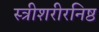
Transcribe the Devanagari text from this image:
स्त्रीशरीरनिष्ठ